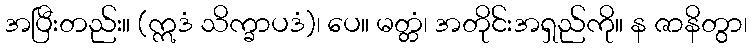
အပြီးတည်း။ (ဣဒံ သိက္ခာပဒံ)၊ ပေ။ မတ္တံ၊ အတိုင်းအရှည်ကို။ န ဇာနိတွာ၊